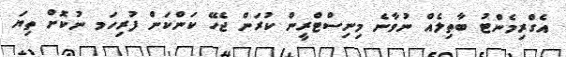
އެގްރިމެންޓު ބާތިލެއް ނުވާނެ މިނިސްޓްރީން ކުރަން ޖެހޭ ކަންކަން ފުރިހަމ ނުކޮށް ތިޔަ